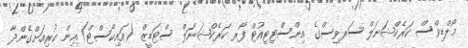
މޯލްޑިވްސް ކަރެކްޝަނަލް ސަރވިސްގެ އިންސްޓިޓިއުޓް ފޯރ ކަރެކްޝަނަލް ސްޓަޑީޒް (އައިކޯސްޓް) އިން ކުރިއަށްގެންދާ